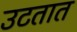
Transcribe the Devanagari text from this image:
उटतात